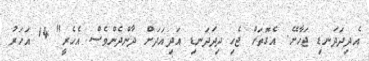
އެދިދަދަނޑި ޖަހާށޭ. އެގޮތަށް ޖެހި ދިދަދަނޑި އަދިއަދަށް ދާންދެންވެސް އެހެރީ" 14 އަހަރު